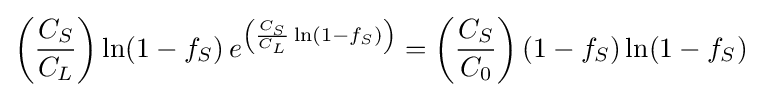
\left({\frac {C_{S}}{C_{L}}}\right)\ln(1-f_{S})\,e^{\left({\frac {C_{S}}{C_{L}}}\ln(1-f_{S})\right)}=\left({\frac {C_{S}}{C_{0}}}\right)(1-f_{S})\ln(1-f_{S})